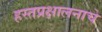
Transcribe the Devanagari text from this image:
हस्तप्रक्षालनाचे